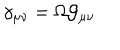
LaTeX: \gamma _ { \mu \nu } = \Omega { \cal G } _ { \mu \nu }